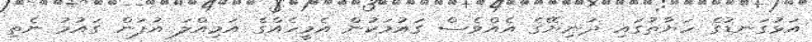
އަޅުގަނޑުގެ ހަޔާތުގައި ދުނިޔޭގެ އެއްވެސް ގައުމަކުން އެމީހެއްގެ އަމިއްލަ އުފަން ގައުމު ނެތި